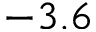
- 3 . 6